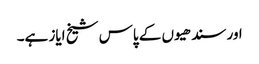
اور سندھیوں کے پاس شیخ ایاز ہے۔